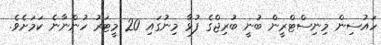
ހައުސިން މިނިސްޓްރީން ބުނީ ބުރިޖްގެ ފުޅާ މިނުގައި 20 މީޓަރު ހުންނާނެ ކަަމަށެވެ.